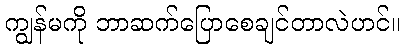
ကျွန်မကို ဘာဆက်ပြောစေချင်တာလဲဟင်။